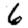
Digit: 6